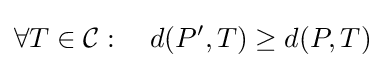
\forall T\in {\mathcal {C}}:\quad d(P',T)\geq d(P,T)